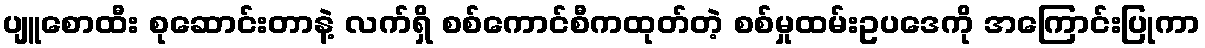
ပျူစောထီး စုဆောင်းတာနဲ့ လက်ရှိ စစ်ကောင်စီကထုတ်တဲ့ စစ်မှုထမ်းဥပဒေကို အကြောင်းပြုကာ